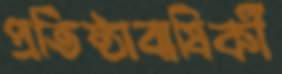
প্রতিষ্ঠাবাষির্কী